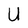
Character: U